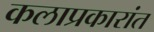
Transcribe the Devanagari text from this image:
कलाप्रकारांत